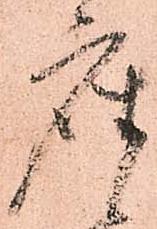
座